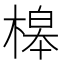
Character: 槔